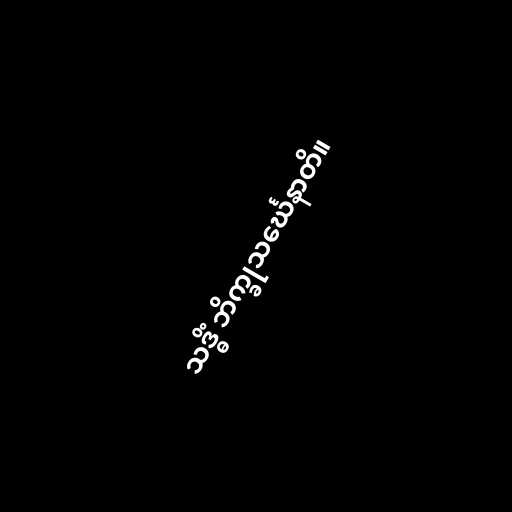
သဒ္ဓိံ ဘိက္ခုသင်္ဃေနာတိ။